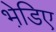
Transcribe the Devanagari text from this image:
भेडि़ए